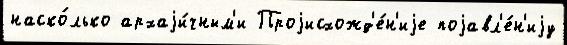
наско́лько архаjи́чным'и Проjисхожд'е́н'иjе поjавл'е́н'иjу